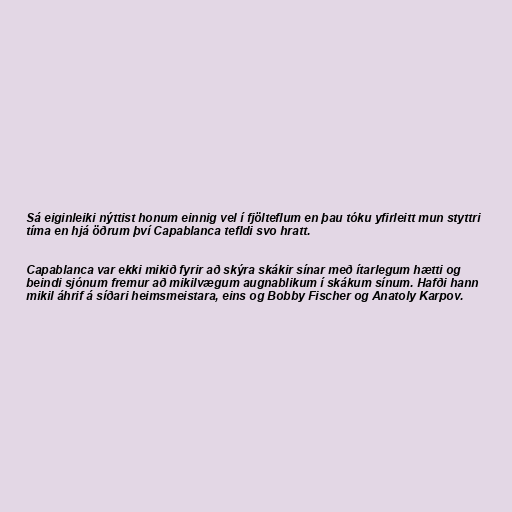
Sá eiginleiki nýttist honum einnig vel í fjölteflum en þau tóku yfirleitt mun styttri
tíma en hjá öðrum því Capablanca tefldi svo hratt.

Capablanca var ekki mikið fyrir að skýra skákir sínar með ítarlegum hætti og
beindi sjónum fremur að mikilvægum augnablikum í skákum sínum. Hafði hann
mikil áhrif á síðari heimsmeistara, eins og Bobby Fischer og Anatoly Karpov.